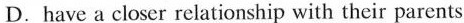
D.have a closer relationship with their parents